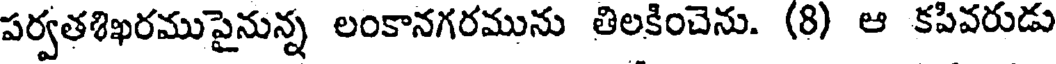
పర్వతశిఖరముపైనున్న లంకానగరమును తిలకించెను. (8) ఆ కపివరుడు